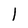
Character: l